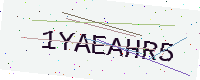
Text: 1YAEAHR5